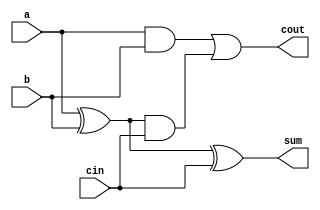
module full_adder_gate_level(sum,cout,a,b,cin);
output sum,cout;
input a,b,cin;

wire w1,w2;

//Sum
xor(w1,a,b);
xor(sum,w1,cin);

//Carry
and(w2,a,b);
and(w3,w1,cin);
or(cout,w2,w3);
endmodule